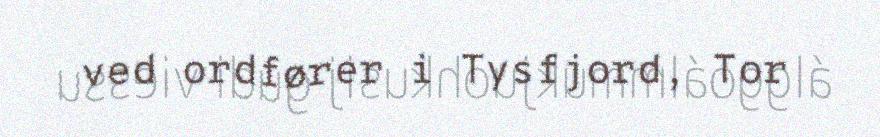
ved ordfører i Tysfjord, Tor